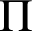
\boldsymbol { \Pi }